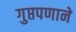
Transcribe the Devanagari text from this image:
गुप्तपणाने